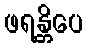
ဖရန္တိပေ